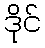
ဒိုင်